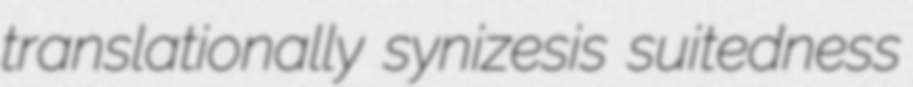
translationally synizesis suitedness